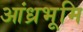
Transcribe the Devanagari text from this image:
आंध्रभूमि